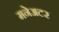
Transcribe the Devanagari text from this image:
मनेअटर